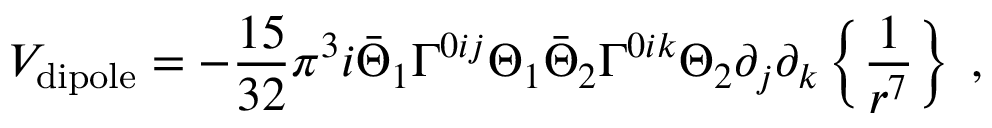
V _ { \mathrm { d i p o l e } } = - { \frac { 1 5 } { 3 2 } } \pi ^ { 3 } i \bar { \Theta } _ { 1 } \Gamma ^ { 0 i j } \Theta _ { 1 } \bar { \Theta } _ { 2 } \Gamma ^ { 0 i k } \Theta _ { 2 } \partial _ { j } \partial _ { k } \left\{ { \frac { 1 } { r ^ { 7 } } } \right\} \; ,